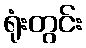
ရုံးတွင်း